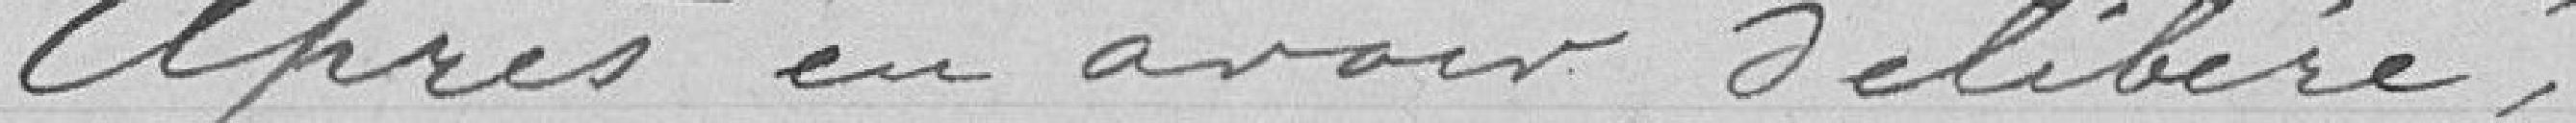
Après en avoir délibéré :